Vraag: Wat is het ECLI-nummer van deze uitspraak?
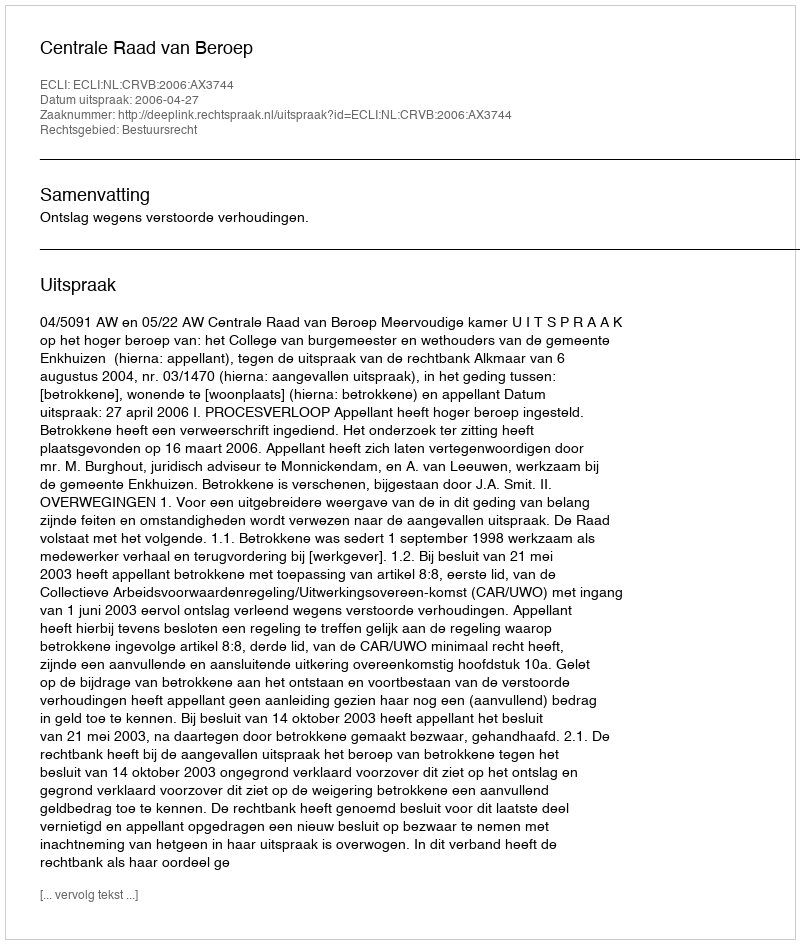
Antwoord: ECLI:NL:CRVB:2006:AX3744